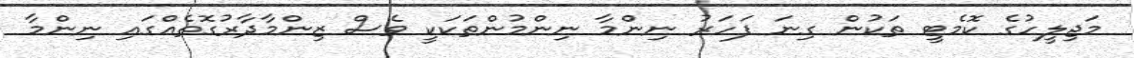
މަޖިލީހުގެ ކޮމެޓީ ތަކުން ގިނަ ފަހަރު ނިންމާ ނިންމުންތަކަކީ ވެސް ޒިންމާދާރުގޮތެއްގައި ނިންމާ